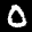
Label: 0